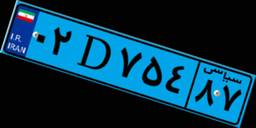
۰۲D۷۵۴۸۷